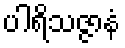
ပါရိသဇ္ဇာနံ